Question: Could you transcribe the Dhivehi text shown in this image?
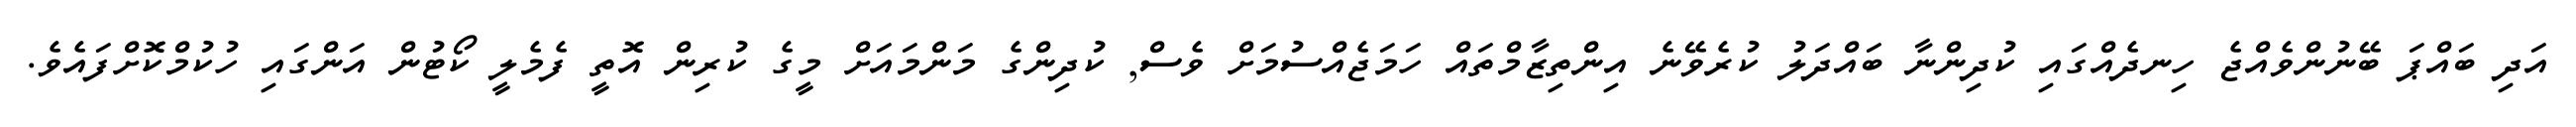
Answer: އަދި ބައްޕަ ބޭނުންވެއްޖެ ހިނދެއްގައި ކުދިންނާ ބައްދަލު ކުރެވޭނެ އިންތިޒާމްތައް ހަމަޖެއްސުމަށް ވެސް, ކުދިންގެ މަންމައަށް މީގެ ކުރިން އޮތީ ފެމެލީ ކޯޓުން އަންގައި ހުކުމްކޮށްފައެވެ.